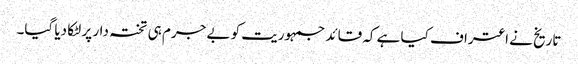
تاریخ نے اعتراف کیا ہے کہ قائد جمہوریت کو بے جرم ہی تختہ دار پر لٹکا دیا گیا۔